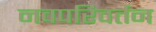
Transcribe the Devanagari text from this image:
नवपरिवर्तन